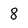
Character: 8